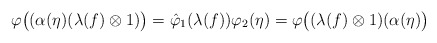
\begin{align*} \varphi\bigl((\alpha(\eta)(\lambda(f)\otimes 1)\bigr)=\hat{\varphi}_{1}(\lambda(f))\varphi_{2}(\eta) =\varphi\bigl((\lambda(f)\otimes 1)(\alpha(\eta)\bigr)\end{align*}